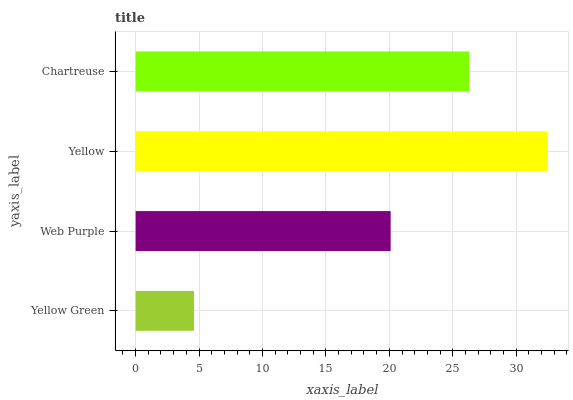
| yaxis_label | bars |
 | --- | --- |
 | Yellow Green | 4.6 |
 | Web Purple | 20.1 |
 | Yellow | 32.5 |
 | Chartreuse | 26.3 |